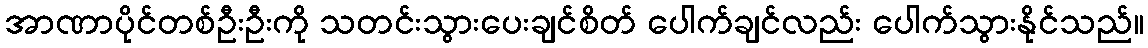
အာဏာပိုင်တစ်ဦးဦးကို သတင်းသွားပေးချင်စိတ် ပေါက်ချင်လည်း ပေါက်သွားနိုင်သည်။